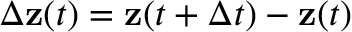
\Delta \mathbf { z } ( t ) = \mathbf { z } ( t + \Delta t ) - \mathbf { z } ( t )